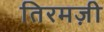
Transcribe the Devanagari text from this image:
तिरमज़ी